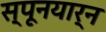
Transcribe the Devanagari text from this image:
स्पूनयार्न